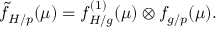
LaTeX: \widetilde { f } _ { H / p } ( \mu ) = f _ { H / g } ^ { ( 1 ) } ( \mu ) \otimes f _ { g / p } ( \mu ) .